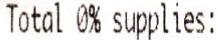
TOTAL 0% SUPPLIES: